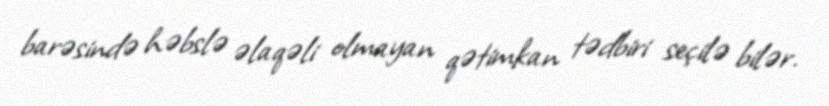
barəsində həbslə əlaqəli olmayan qətimkan tədbiri seçilə bilər.